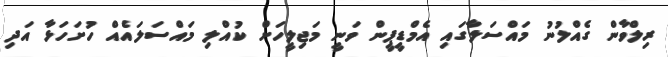
ރިލްވާން ގެއްލުނު މައްސަލާގައި އެމްޑީޕީން ވަނީ މަޖިލީހަށް ކުއްލި މައްސަލައެއް ހުށަހަޅާ އަދި